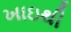
ખાઇથી